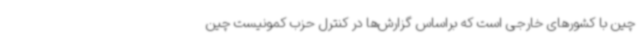
چین با کشورهای خارجی است که براساس گزارش‌ها در کنترل حزب کمونیست چین